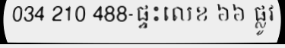
034 210 488-ផ្ទះលេខ ៦៦ ផ្លូវ